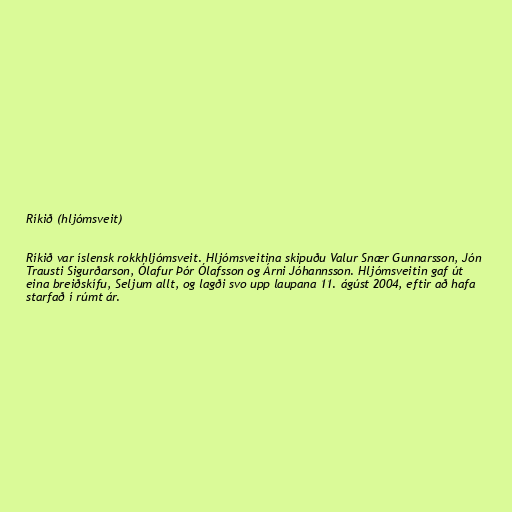
Ríkið (hljómsveit)

Ríkið var íslensk rokkhljómsveit. Hljómsveitina skipuðu Valur Snær Gunnarsson, Jón
Trausti Sigurðarson, Ólafur Þór Ólafsson og Árni Jóhannsson. Hljómsveitin gaf út
eina breiðskífu, Seljum allt, og lagði svo upp laupana 11. ágúst 2004, eftir að hafa
starfað í rúmt ár.